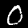
Digit: 0